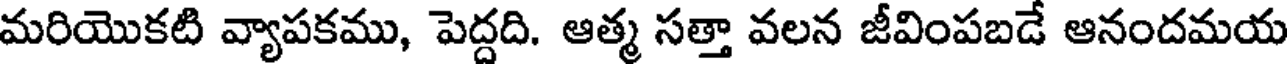
మరియొకటి వ్యాపకము, పెద్దది. ఆత్మ సత్తా వలన జీవింపబడే ఆనందమయ